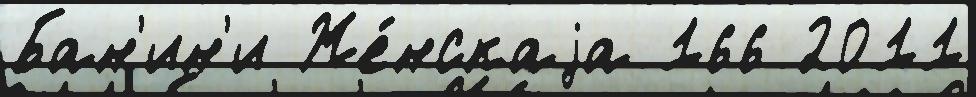
Бан'ин'и Же́нскаjа 166 2011